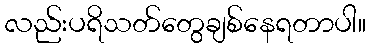
လည်းပရိသတ်တွေချစ်နေရတာပါ။